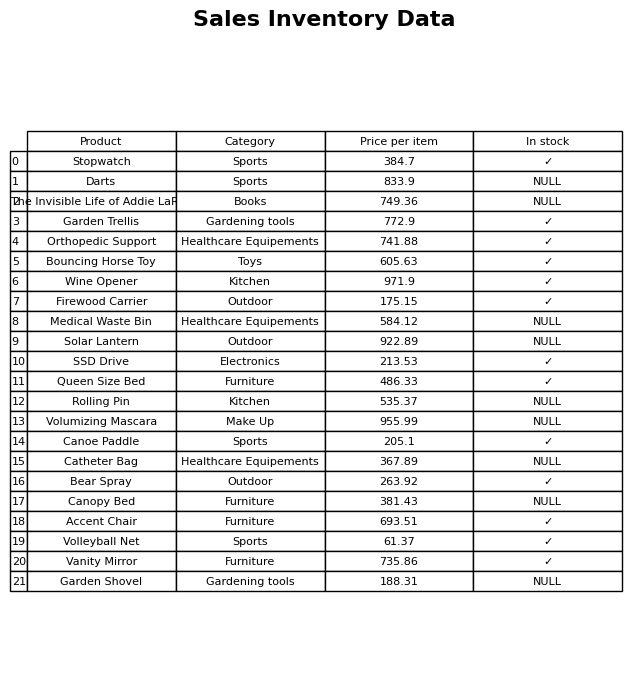
question: Which products are available in stock?
answer: Stopwatch, Garden Trellis, Orthopedic Support, Bouncing Horse Toy, Wine Opener, Firewood Carrier, SSD Drive, Queen Size Bed, Canoe Paddle, Bear Spray, Accent Chair, Volleyball Net, Vanity Mirror